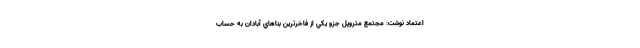
اعتماد نوشت: مجتمع متروپل جزو يكي از فاخرترين بناهاي آبادان به حساب